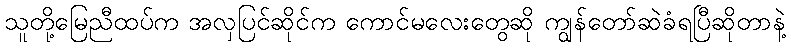
သူတို့မြေညီထပ်က အလှပြင်ဆိုင်က ကောင်မလေးတွေဆို ကျွန်တော်ဆဲခံရပြီဆိုတာနဲ့